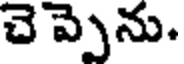
చెప్పెను.